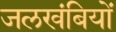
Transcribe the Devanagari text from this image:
जलखंबियों